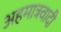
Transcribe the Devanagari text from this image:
अहमात्रवादी